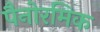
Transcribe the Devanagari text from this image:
पैनोरमिक